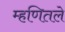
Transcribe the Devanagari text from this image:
म्हणितले